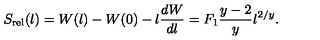
S _ { \mathrm { r e l } } ( \l ) = W ( \l ) - W ( 0 ) - \l { \frac { d W } { d \l } } = F _ { 1 } \frac { y - 2 } { y } \l ^ { 2 / y } .